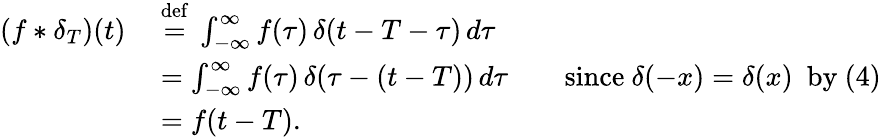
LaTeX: {\begin{array}{rl}{(f*\delta_{T})(t)\ }&{{\stackrel{\mathrm{def}}{=}}\ \int_{-\infty}^{\infty}f(\tau)\, \delta(t-T-\tau)\, d\tau}\\ &{=\int_{-\infty}^{\infty}f(\tau)\, \delta(\tau-(t-T))\, d\tau\qquad{\mathrm{since}}~\delta(-x)=\delta(x)~~{\mathrm{by~(4)}}}\\ &{=f(t-T).}\end{array}}